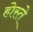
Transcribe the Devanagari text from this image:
होस्ते